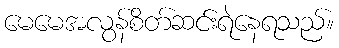
မေမေအလွန်စိတ်ဆင်းရဲနေရသည်။